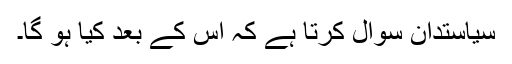
سیاستدان سوال کرتا ہے کہ اس کے بعد کیا ہو گا۔